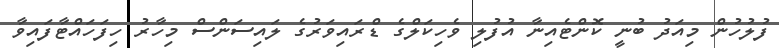
ފުލުހުން މިއަދު ބުނީ ކޮންޓެއިނާ އުފުލި ވެހިކަލްގެ ޑްރައިވަރުގެ ލައިސަންސް މިހާރު ހިފަހައްޓާފައިވާ